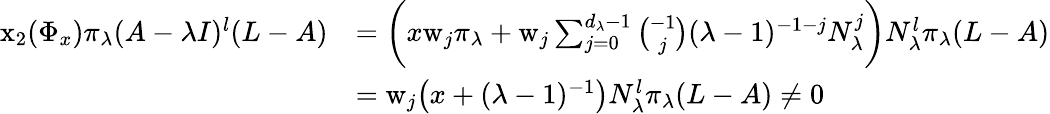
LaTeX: \begin{array}{rl}{\mathrm{x}_{2}(\Phi_{x})\pi_{\lambda}(A-\lambda I)^{l}(L-A)}&{=\bigg(x\mathrm{w}_{j}\pi_{\lambda}+\mathrm{w}_{j}\sum_{j=0}^{d_{\lambda}-1}{\binom{-1}{j}}(\lambda-1)^{-1-j}N_{\lambda}^{j}\bigg)N_{\lambda}^{l}\pi_{\lambda}(L-A)}\\ &{=\mathrm{w}_{j}\big(x+(\lambda-1)^{-1}\big)N_{\lambda}^{l}\pi_{\lambda}(L-A)\neq 0}\end{array}